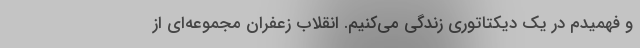
و فهمیدم در یک دیکتاتوری زندگی می‌کنیم. انقلاب زعفران مجموعه‌ای از